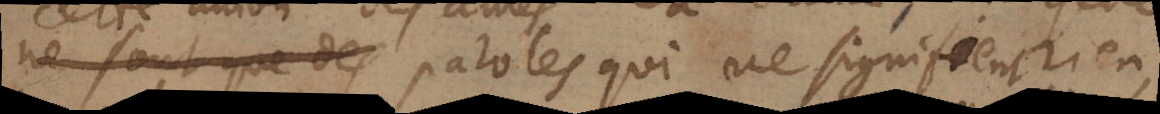
ne soient que des paroles qui ne signifient rien,